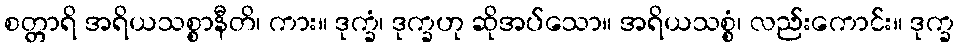
စတ္တာရိ အရိယသစ္စာနီတိ၊ ကား။ ဒုက္ခံ၊ ဒုက္ခဟု ဆိုအပ်သော။ အရိယသစ္စံ၊ လည်းကောင်း။ ဒုက္ခ